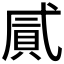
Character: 𢎐